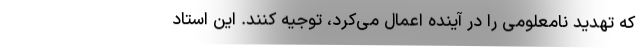
که تهدید نامعلومی را در آینده اعمال می‌کرد، توجیه کنند. این استاد